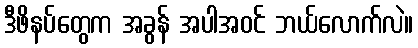
ဒီဖိနပ်တွေက အခွန် အပါအဝင် ဘယ်လောက်လဲ။